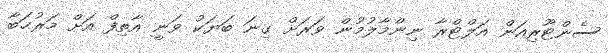
ސެންޓޫރިއަން އަލްޓްރާ ނިންމާލުމުން ވަރަށް ގިނަ ބަޔަކު ވަނީ އާތިފް އަށް މަރުޙަބާ